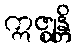
ဣဇ္ဈန္တိ